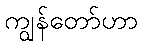
ကျွန်တော်ဟာ